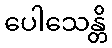
ပေါသေန္တိ